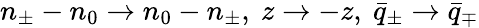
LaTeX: n_{\pm}-n_{0}\to n_{0}-n_{\pm},\ z\to-z,\ \bar{q}_{\pm}\to\bar{q}_{\mp}